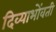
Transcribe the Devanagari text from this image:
दिव्याभोंवती